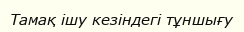
Тамақ ішу кезіндегі тұншығу